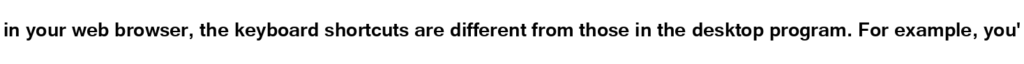
in your web browser, the keyboard shortcuts are different from those in the desktop program. For example, you'